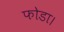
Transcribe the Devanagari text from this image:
फोडा।